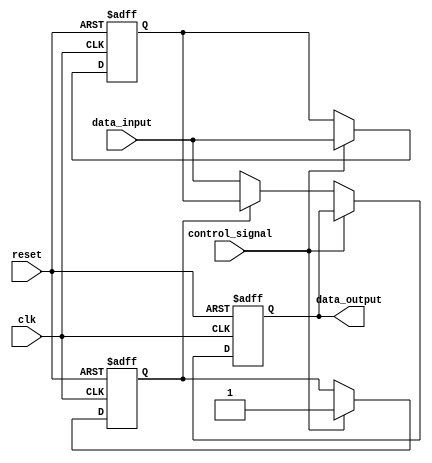
module hold_condition (
    input wire clk,               // Clock signal
    input wire reset,             // Reset signal
    input wire control_signal,     // Control signal to enable hold condition
    input wire data_input,        // Data input to be held
    output reg data_output        // Data output reflecting held value
);

    reg hold_state;               // Internal state to indicate hold condition
    reg data_held;                // Register to hold the captured data

    always @(posedge clk or posedge reset) begin
        if (reset) begin
            // Reset condition: clear held value and output
            data_output <= 1'b0;
            hold_state <= 1'b0;
            data_held <= 1'b0;
        end else if (control_signal) begin
            // When control signal is asserted, capture the data input
            data_held <= data_input;
            hold_state <= 1'b1;   // Set hold state
        end else if (hold_state) begin
            // If in hold state, maintain the held value
            data_output <= data_held;
        end else begin
            // If not in hold state, follow the data input
            data_output <= data_input;
        end
    end

endmodule